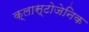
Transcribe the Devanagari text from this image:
क्लास्टोजेनिक